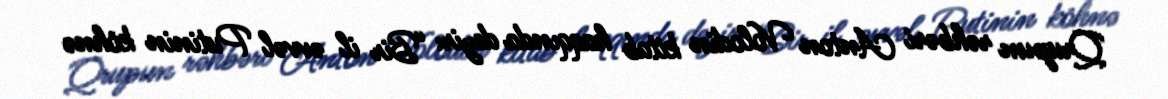
Qrupun rəhbəri Anton Volodin kitab haqqında deyir: “Bir il əvvəl Putinin köhnə